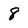
Character: 8